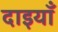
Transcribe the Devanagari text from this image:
दाइयाँ